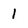
Character: l